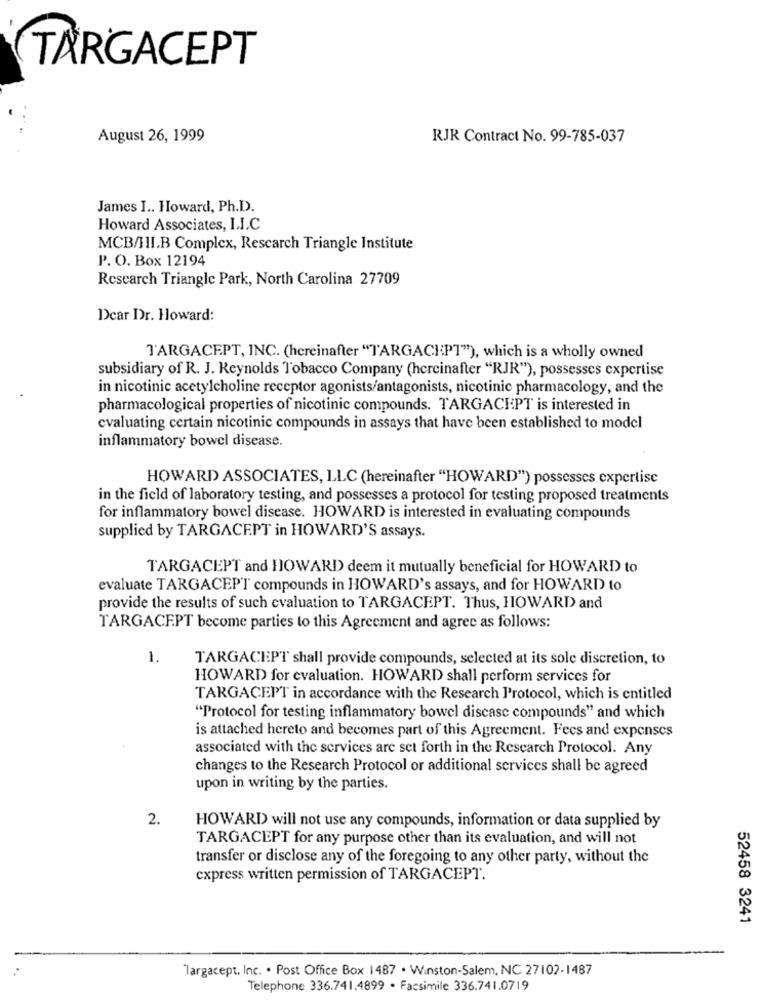
TARGACEPT
August 26, 1999
RJR Contract No. 99-785-037
James I .. Howard, Ph.D.
Howard Associates, I.I.C
MCB/III.B Complex, Research Triangle Institute
P. O. Box 12194
Research Triangle Park, North Carolina 27709
Dear Dr. Howard:
TARGACEPT, INC. (hereinafter "TARGACHPT"), which is a wholly owned
subsidiary of R. J. Reynolds Tobacco Company (hercinafter "RJR"), possesses expertise
in nicotinic acetylcholine receptor agonists/antagonists, nicotinic pharmacology, and the
pharmacological properties of nicotinic compounds. TARGACHPT is interested in
evaluating certain nicotinic compounds in assays that have been established to model
inflammatory bowel disease.
HOWARD ASSOCIATES, LLC (hereinafter "HOWARD") possesses expertise
in the field of laboratory testing, and possesses a protocol for testing proposed treatments
for inflammatory bowel disease. HOWARD is interested in evaluating compounds
supplied by TARGACEPT in HOWARD'S assays.
TARGACEPT and HOWARD deem it mutually beneficial for HOWARD to
evaluate TARGACEPT compounds in HOWARD's assays, and for HOWARD to
provide the results of such evaluation to TARGACEPT. Thus, HOWARD and
TARGACEPT become parties to this Agreement and agree as follows:
1.
TARGACEPT shall provide compounds, selected at its sole discretion, to
HOWARD for evaluation. HOWARD shall perform services for
TARGACEPT in accordance with the Research Protocol, which is entitled
"Protocol for testing inflammatory bowel disease compounds" and which
is attached hereto and becomes part of this Agreement. Fees and expenses
associated with the services are set forth in the Research Protocol. Any
changes to the Research Protocol or additional services shall be agreed
upon in writing by the parties.
2.
HOWARD will not use any compounds, information or data supplied by
TARGACEPT for any purpose other than its evaluation, and will not
transfer or disclose any of the foregoing to any other party, without the
express written permission of TARGACEPT.
52458 3241
Targacept, Inc. . Post Office Box 1487 . Winston-Salem, NC 27102-1487
Telephone 336.741.4899 . Facsimile 336.741.0719